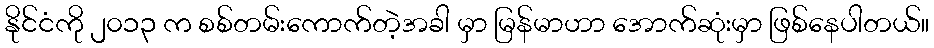
နိုင်ငံကို ၂၀၁၃ က စစ်တမ်းကောက်တဲ့အခါ မှာ မြန်မာဟာ အောက်ဆုံးမှာ ဖြစ်နေပါတယ်။